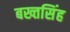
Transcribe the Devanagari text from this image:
बख्तसिंह